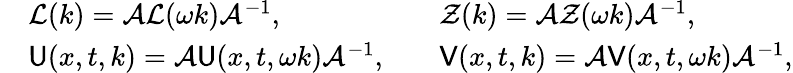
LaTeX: \begin{array}{rlrl}&{\mathcal{L}(k)=\mathcal{A}\mathcal{L}(\omega k)\mathcal{A}^{-1},}&&{\mathcal{Z}(k)=\mathcal{A}\mathcal{Z}(\omega k)\mathcal{A}^{-1},}\\ &{\mathsf{U}(x,t,k)=\mathcal{A}\mathsf{U}(x,t,\omega k)\mathcal{A}^{-1},}&&{\mathsf{V}(x,t,k)=\mathcal{A}\mathsf{V}(x,t,\omega k)\mathcal{A}^{-1},}\end{array}